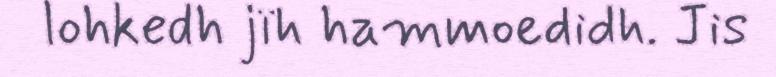
lohkedh jïh hammoedidh. Jis